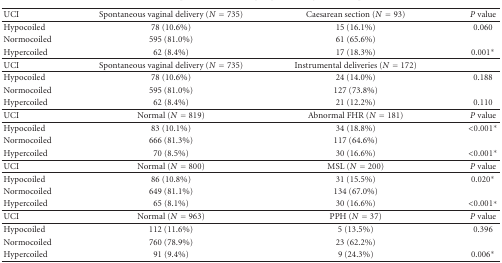
<table><thead><tr><td><b> UCI</b></td><td><b>Spontaneous vaginal delivery (<i>N</i> = 735)</b></td><td><b>Caesarean section (<i>N</i> = 93)</b></td><td><b><i>P</i> value</b></td></tr></thead><tbody><tr><td>Hypocoiled</td><td>78 (10.6%)</td><td>15 (16.1%)</td><td>0.060</td></tr><tr><td>Normocoiled</td><td>595 (81.0%)</td><td>61 (65.6%)</td><td></td></tr><tr><td>Hypercoiled</td><td>62 (8.4%)</td><td>17 (18.3%)</td><td>0.001*</td></tr><tr><td> UCI</td><td>Spontaneous vaginal delivery (<i>N</i> = 735)</td><td>Instrumental deliveries (<i>N</i> = 172)</td><td></td></tr><tr><td>Hypocoiled</td><td>78 (10.6%)</td><td> 24 (14.0%)</td><td>0.188</td></tr><tr><td>Normocoiled</td><td>595 (81.0%)</td><td> 127 (73.8%)</td><td></td></tr><tr><td>Hypercoiled</td><td>62 (8.4%)</td><td> 21 (12.2%)</td><td>0.110</td></tr><tr><td>UCI</td><td>Normal (<i>N</i> = 819)</td><td>Abnormal FHR (<i>N</i> = 181)</td><td><i>P</i> value</td></tr><tr><td>Hypocoiled</td><td>83 (10.1%)</td><td>34 (18.8%)</td><td>&lt;0.001*</td></tr><tr><td>Normocoiled</td><td>666 (81.3%)</td><td>117 (64.6%)</td><td></td></tr><tr><td>Hypercoiled</td><td>70 (8.5%)</td><td>30 (16.6%)</td><td>&lt;0.001*</td></tr><tr><td>UCI</td><td>Normal (<i>N</i> = 800)</td><td>MSL (<i>N</i> = 200)</td><td><i>P</i> value</td></tr><tr><td>Hypocoiled</td><td>86 (10.8%)</td><td>31 (15.5%)</td><td>0.020*</td></tr><tr><td>Normocoiled</td><td>649 (81.1%)</td><td>134 (67.0%)</td><td></td></tr><tr><td>Hypercoiled</td><td>65 (8.1%)</td><td>30 (16.6%)</td><td>&lt;0.001*</td></tr><tr><td>UCI</td><td>Normal (<i>N</i> = 963)</td><td>PPH (<i>N</i> = 37)</td><td><i>P</i> value</td></tr><tr><td>Hypocoiled</td><td>112 (11.6%)</td><td>5 (13.5%)</td><td>0.396</td></tr><tr><td>Normocoiled</td><td>760 (78.9%)</td><td>23 (62.2%)</td><td></td></tr><tr><td>Hypercoiled</td><td>91 (9.4%)</td><td>9 (24.3%)</td><td>0.006*</td></tr></tbody></table>